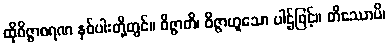
ထိုဝိဇ္ဇာစရဏ နှစ်ပါးတို့တွင်။ ဝိဇ္ဇာတိ၊ ဝိဇ္ဇာဟူသော ပါဌ်ဖြင့်။ တိဿောပိ၊